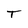
Character: T